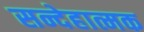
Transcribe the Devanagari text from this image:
सन्देहात्मक